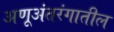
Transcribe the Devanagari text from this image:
अणूअंतरंगातील